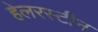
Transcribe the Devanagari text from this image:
हेलरस्टीन